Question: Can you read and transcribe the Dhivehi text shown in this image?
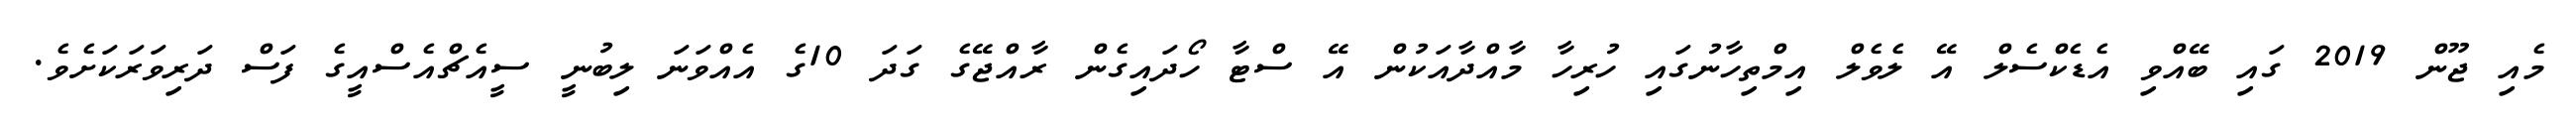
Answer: މެއި ޖޫން 2019 ގައި ބޭއްވި އެޑެކްސެލް އޭ ލެވެލް އިމްތިހާނުގައި ހުރިހާ މާއްދާއަކުން އޭ ސްޓާ ހޯދައިގެން ރާއްޖޭގެ ގަދަ 10ގެ އެއްވަނަ ލިބުނީ ސީއެޗްއެސްއީގެ ފަސް ދަރިވަރަކަށެވެ.